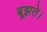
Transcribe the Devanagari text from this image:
बूझते।